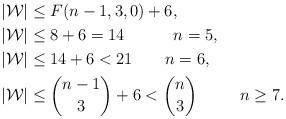
LaTeX: \begin{align*}&|\mathcal W|\le F(n-1,3,0)+6, \ \ \ \ \ \ \ \ \\&|\mathcal W|\le 8+6 = 14\ \ \ \ \ \ \ \ \ n = 5,\\&|\mathcal W|\le 14+6 <21\ \ \ \ \ \ n = 6,\ \\&|\mathcal W|\le {n-1\choose 3}+6 < {n\choose 3}\ \ \ \ \ \ \ \ n \ge 7.\end{align*}